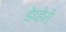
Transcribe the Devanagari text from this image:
डेव्हेरो